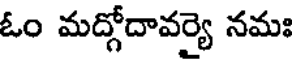
ఓం మద్గోదావర్యై నమః